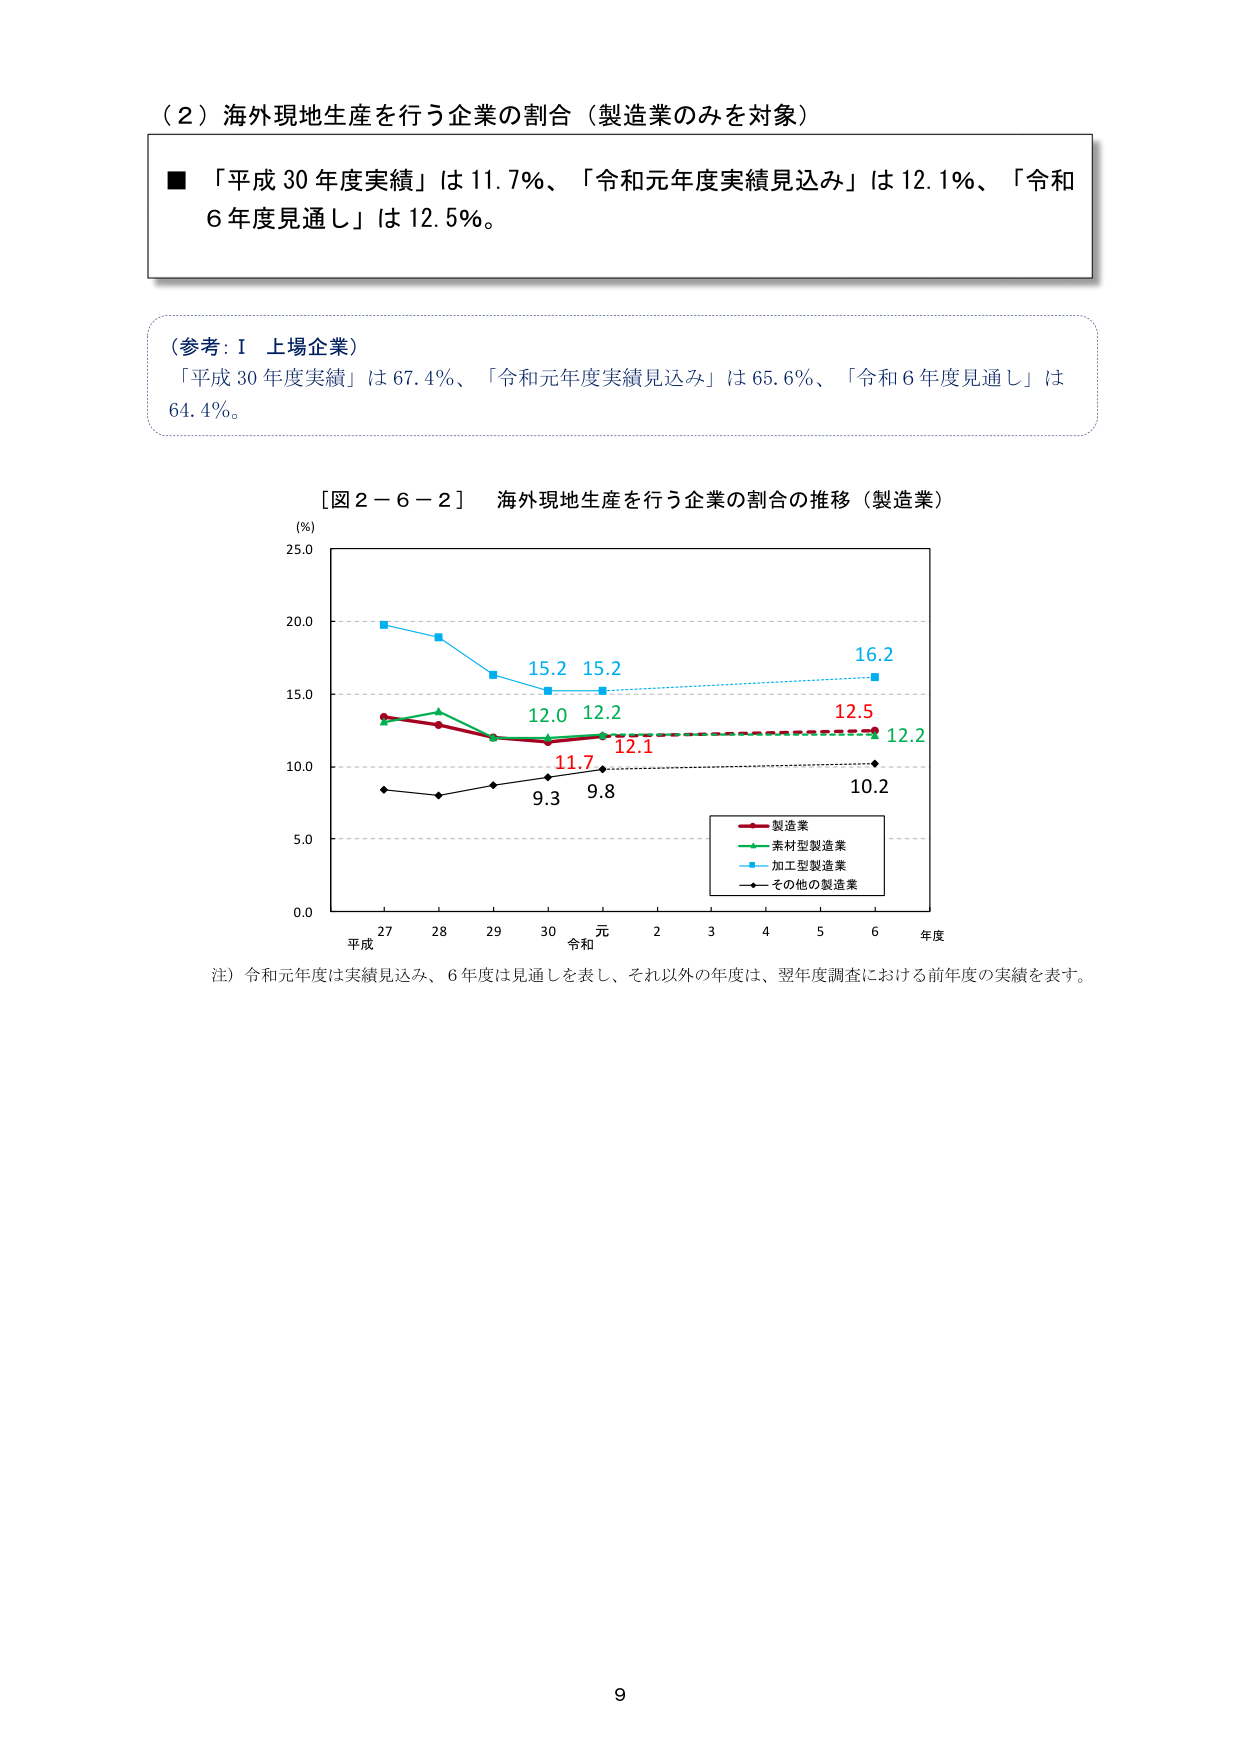
（２）海外現地生産を行う企業の割合（製造業のみを対象）

■「平成30年度実績」は11.7％、「令和元年度実績見込み」は12.1％、「令和6年度見通し」は12.5％。

（参考：Ⅰ 上場企業）
「平成30年度実績」は67.4％、「令和元年度実績見込み」は65.6％、「令和6年度見通し」は64.4％。

［図２－６－２］ 海外現地生産を行う企業の割合の推移（製造業）

（％）
25.0
20.0
15.0
10.0
5.0
0.0

平成 27 28 29 30 元 2 3 4 5 6 年度
令和

15.2 15.2
12.0 12.2
11.7 12.1
9.3 9.8
16.2
12.5
12.2
10.2

製造業
素材型製造業
加工型製造業
その他の製造業

注）令和元年度は実績見込み、6年度は見通しを表し、それ以外の年度は、翌年度調査における前年度の実績を表す。

9